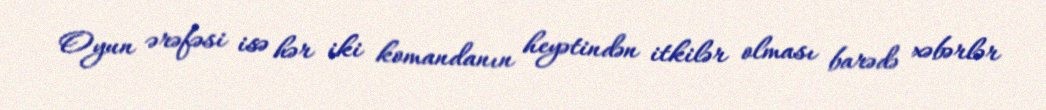
Oyun ərəfəsi isə hər iki komandanın heyətindən itkilər olması barədə xəbərlər